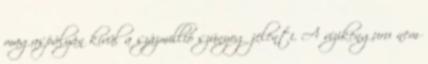
magaspályán kívül a százmillió szúnyog jelenti. A vízikenguru nem